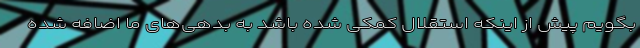
بگویم پیش از اینکه استقلال کمکی شده باشد به بدهی‌های ما اضافه شده